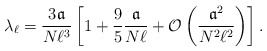
\begin{align*}\lambda_\ell=\frac{3\mathfrak{a}}{N\ell^3}\left[ 1+\frac{9}{5}\frac{\mathfrak{a}}{N \ell}+\mathcal{O}\left( \frac{\mathfrak{a}^2}{N^2\ell^2} \right) \right].\end{align*}